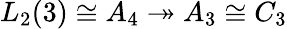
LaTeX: L_{2}(3)\cong A_{4}\twoheadrightarrow A_{3}\cong C_{3}